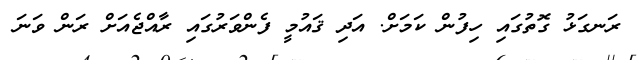
ރަނގަޅު ގޮތުގައި ހިފުން ކަމަށް. އަދި ޤައުމީ ފެންވަރުގައި ރާއްޖެއަށް ރަން ވަނަ